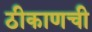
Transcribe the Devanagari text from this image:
ठीकाणची